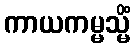
ကာယကမ္မသ္မိံ